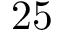
2 5